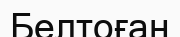
Белтоған